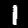
Digit: 1